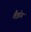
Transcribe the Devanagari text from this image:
वैझॅग